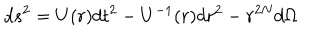
d s ^ { 2 } = U ( r ) d t ^ { 2 } - U ^ { - 1 } ( r ) d r ^ { 2 } - r ^ { 2 N } d \Omega